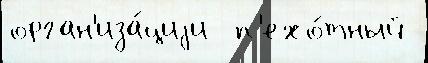
орган'иза́циjи  п'ехо́тный